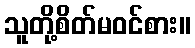
သူတို့စိတ်မဝင်စား။